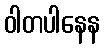
ဝါတပါနေန